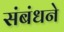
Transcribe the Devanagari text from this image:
संबंधने